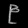
Digit: ၉